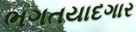
ભગતયાદગાર